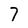
Character: 7